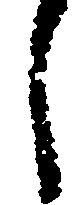
し